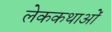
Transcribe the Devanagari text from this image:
लेककथाओं